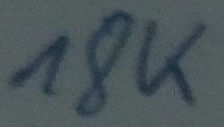
Text: 18K